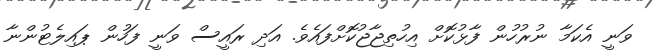
ވަނީ އެކަމާ ނުރުހުން ފާޅުކޮށް އިހުތިޖާޖުކޮށްފައެވެ. އަދި ރައީސް ވަނީ ފަހުން ޕައިލެޓުންނާ